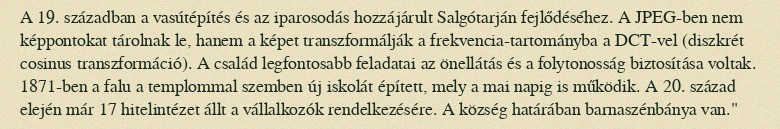
A 19. században a vasútépítés és az iparosodás hozzájárult Salgótarján fejlődéséhez. A JPEG-ben nem képpontokat tárolnak le, hanem a képet transzformálják a frekvencia-tartományba a DCT-vel (diszkrét cosinus transzformáció). A család legfontosabb feladatai az önellátás és a folytonosság biztosítása voltak. 1871-ben a falu a templommal szemben új iskolát épített, mely a mai napig is működik. A 20. század elején már 17 hitelintézet állt a vállalkozók rendelkezésére. A község határában barnaszénbánya van."